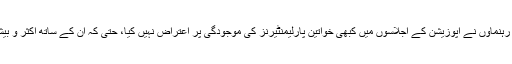
سوال یہ بھی ہے کہ جمعیت علماء اسلام کے رہنماوں نے اپوزیشن کے اجلاسوں میں کبھی خواتین پارلیمنٹیرنز کی موجودگی پر اعتراض نہیں کیا، حتیٰ کہ ان کے ساتھ اکثر و بیشتر خوش گپییاں کرتے بھی دکھائی دیے ہیں۔